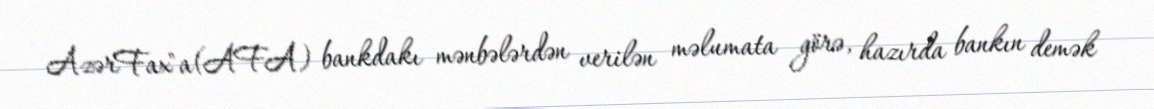
AzərFax"a(AFA) bankdakı mənbələrdən verilən məlumata görə, hazırda bankın demək